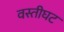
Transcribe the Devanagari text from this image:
वस्तीघट